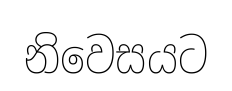
නිවෙසයට